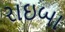
રાઇબા